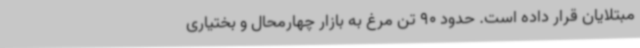
مبتلایان قرار داده است. حدود 90 تن مرغ به بازار چهارمحال و بختیاری